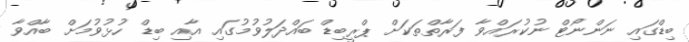
ބިޑްގައި ނަންނޯޓް ނުކުރައްވާ ފަރާތްތަކަށް ޕްރީބިޑް ބައްދަލުވުމުގައި އާއި ބިޑް ހުޅުވުމަށް ބާއްވާ